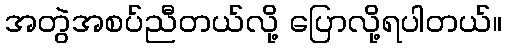
အတွဲအစပ်ညီတယ်လို့ ပြောလို့ရပါတယ်။